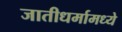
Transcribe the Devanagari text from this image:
जातीधर्मामध्ये